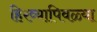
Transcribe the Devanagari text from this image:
हिरव्यापिवळ्या